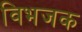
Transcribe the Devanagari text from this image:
विभजक